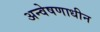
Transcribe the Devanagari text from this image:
अन्वेषणाधीन